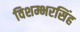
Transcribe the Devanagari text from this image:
विशम्भरसिंह